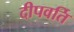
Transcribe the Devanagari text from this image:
दीपवर्ति